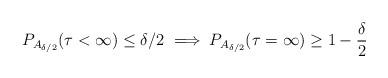
LaTeX: \begin{align*}P_{A_{\delta/2}} (\tau < \infty) \leq \delta/2 \implies P_{A_{\delta/2}} (\tau = \infty) \geq 1 - \frac{\delta}{2}\end{align*}